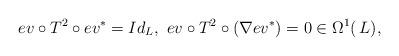
LaTeX: \begin{align*}ev \circ T^2 \circ ev^{\ast}=Id_L, \,\, ev \circ T^2 \circ \left(\nabla ev^{\ast}\right)=0 \in \Omega^1(\,L), \end{align*}